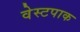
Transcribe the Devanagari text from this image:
वेस्टपाक